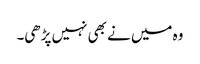
وہ میں نے بھی نہیں پڑھی۔